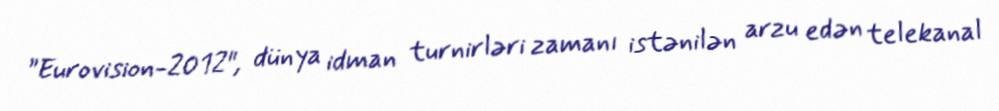
”Eurovision-2012", dünya idman turnirləri zamanı istənilən arzu edən telekanal